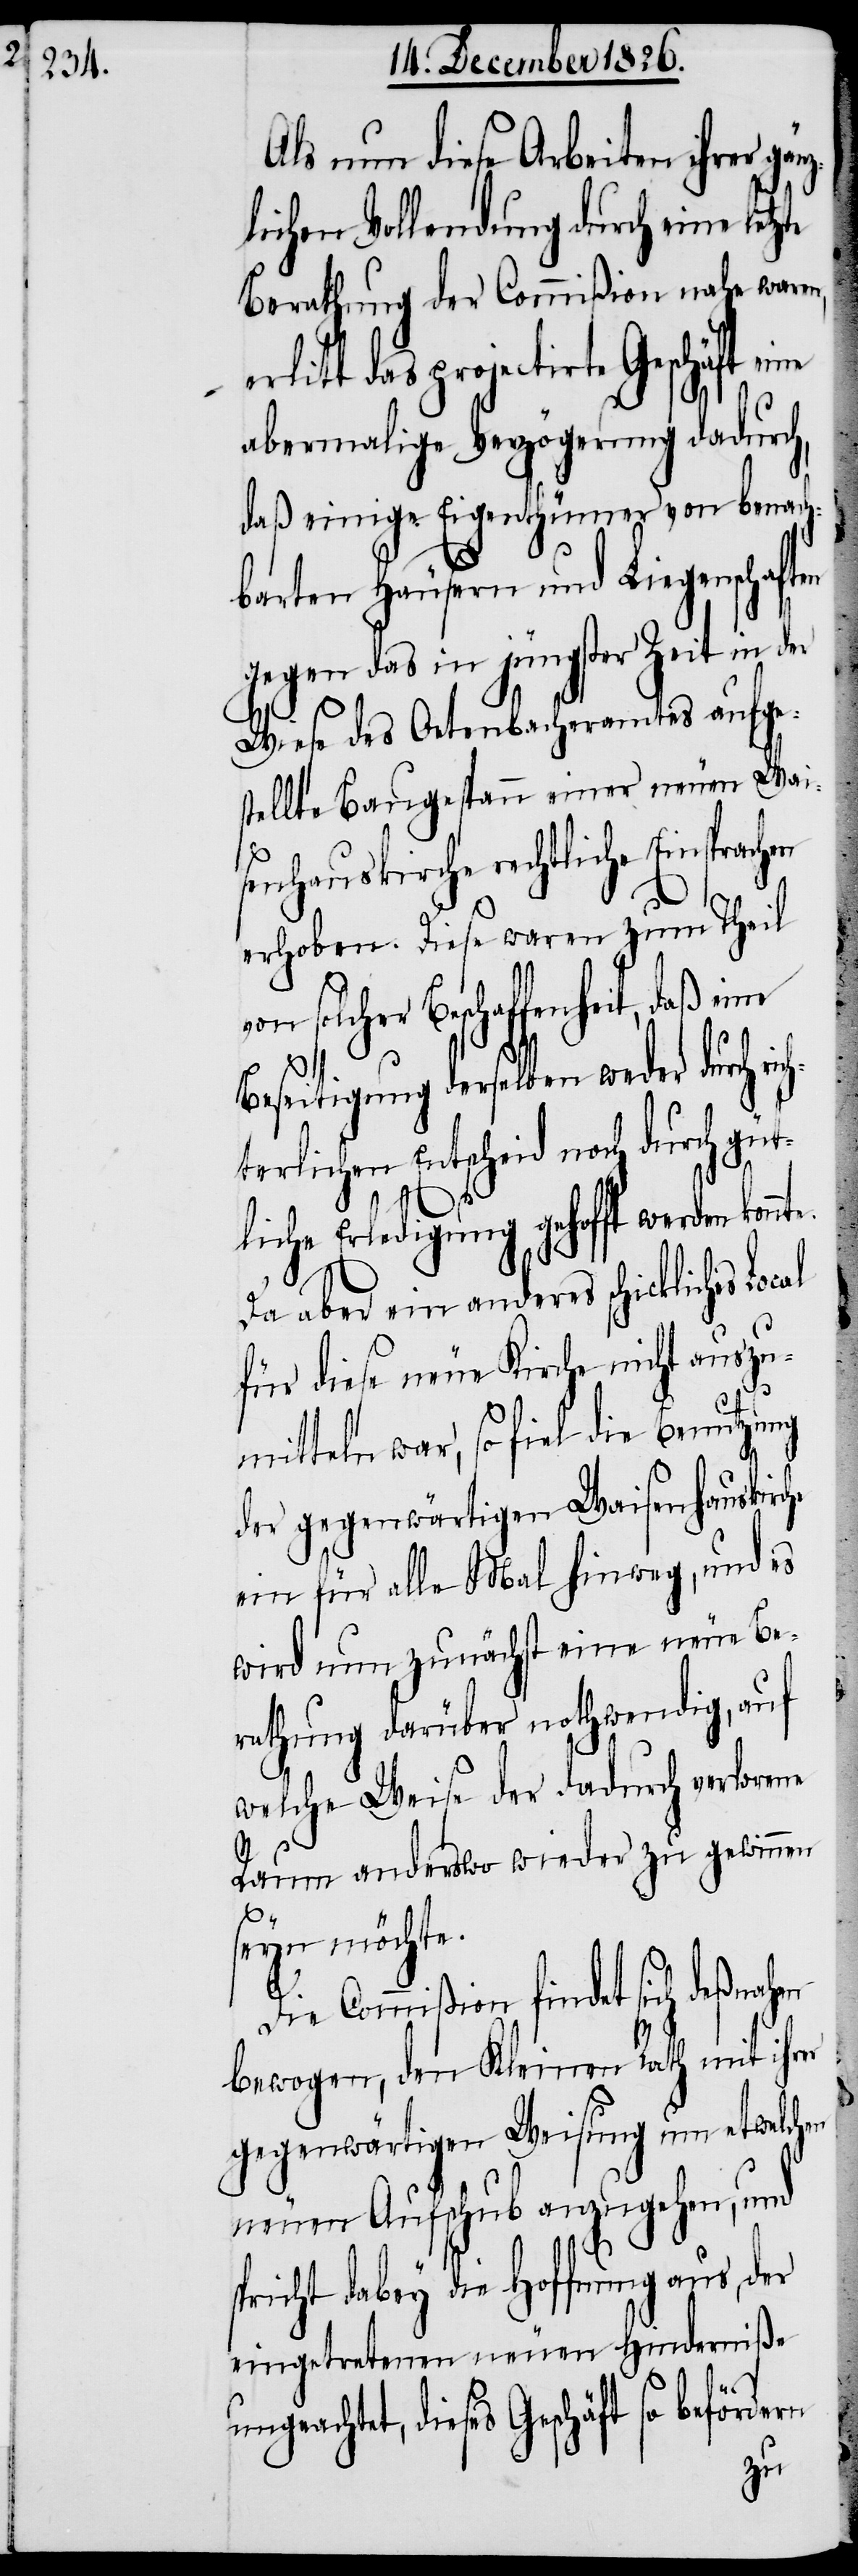
Als nun diese Arbeiten ihrer gä¬
lichen Vollendung durch eine letz¬
Berathung der Commißion nahe waren,
das projectirte Geschäft eine
abermalige Verzögerung dadurch,
daß einige Eigenthümer von benach¬
barten Häusern und Liegenschaft¬
gegen das in jüngster Zeit in der
Wiese des Oetenbacheramtes aufge¬
stellte Baugespann einer neuen Wai¬
senhauskirche rechtliche
erhoben. Diese waren zum Theil
von solcher Beschaffenheit, daß ei¬
Beseitigung derselben weder durch r¬
terlichen Entscheid noch durch güt¬
liche Erledigung gehofft werden kon¬
Da aber ein anderes schickliches
für diese neue Kirche nicht auszu¬
mitteln war, so fiel die Benutzung
der gegenwärtigen Waisenhauskirc¬
ein für alle Mal hinweg, und es
wird nun zunächst eine neue Be¬
rathung darüber nothwendig, auf
welche Weise der dadurch verlorene
Raum anderswo wieder zu gewinnen
s¬
eyn möchte.
Die Commißion findet sich
bewogen, den Kleinen Rath mit ihrer
gegenwärtigen Weisung um etwelchen
neuen Aufschub anzugehen, und
s¬
pricht dabey die Hoffnung aus, der
eingetretenen neuen Hinderniße
ungeachtet, dieses Geschäft so befördern